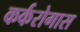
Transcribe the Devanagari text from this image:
कर्करोगास